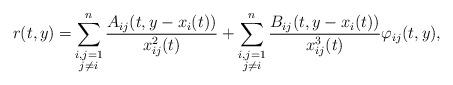
LaTeX: \begin{align*}r(t,y)=&\sum_{\substack{i,j=1\\ j\not=i}}^n\frac{A_{ij}(t,y-x_{i}(t))}{x^2_{ij}(t)}+\sum_{\substack{i,j=1\\ j\not=i}}^n\frac{B_{ij}(t,y-x_{i}(t))}{x_{ij}^3(t)}\varphi_{ij}(t,y),\end{align*}